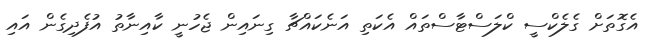
އެގޮތަށް ގެލެކްސީ ކްލަސްޓާސްތައް އެކަތި އަނެކައްޗާ ގިނައިން ޖެހުނީ ކާއިނާތު އުފެދިގެން އައި